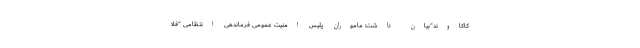
کاکاوند"بیان داشت: ماموران پلیس امنیت عمومی فرماندهی انتظامی "فلا